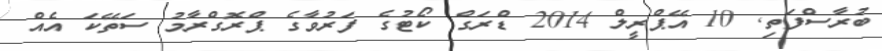
ބުރާސްފަތި